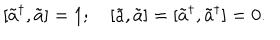
LaTeX: \lbrack \tilde { a } ^ { \dagger } , \tilde { a } ] = 1 ; \quad \left[ \tilde { a } , \tilde { a } \right] = [ \tilde { a } ^ { \dagger } , \tilde { a } ^ { \dagger } ] = 0 .